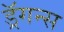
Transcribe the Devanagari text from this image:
ड्रॅगन्स